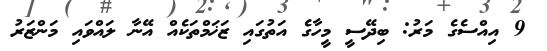
9 އިއްސެގެ މަރު: ބިދޭސީ މީހާގެ އަތުގައި ޒަޚަމްތަކެއް އޭނާ ލައްވައި މަންޒަރު